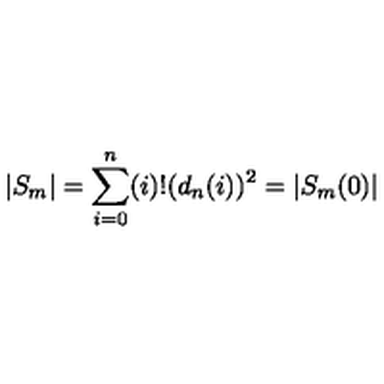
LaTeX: | S _ { m } | = \sum _ { i = 0 } ^ { n } ( i ) ! ( d _ { n } ( i ) ) ^ { 2 } = | S _ { m } ( 0 ) |